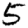
Digit: 5